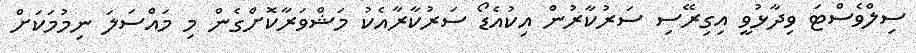
ސިލްވެސްޓަ ވިދާޅުވީ އިގިރޭސި ސަރުކާރުން އިކުއެޑޯ ސަރުކާރާއެކު މަޝްވަރާކޮށްގެން މި މައްސަލަ ނިމުމަކަށް